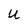
Character: U